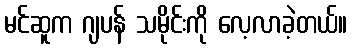
မင်ဆူက ဂျပန် သမိုင်းကို လေ့လာခဲ့တယ်။